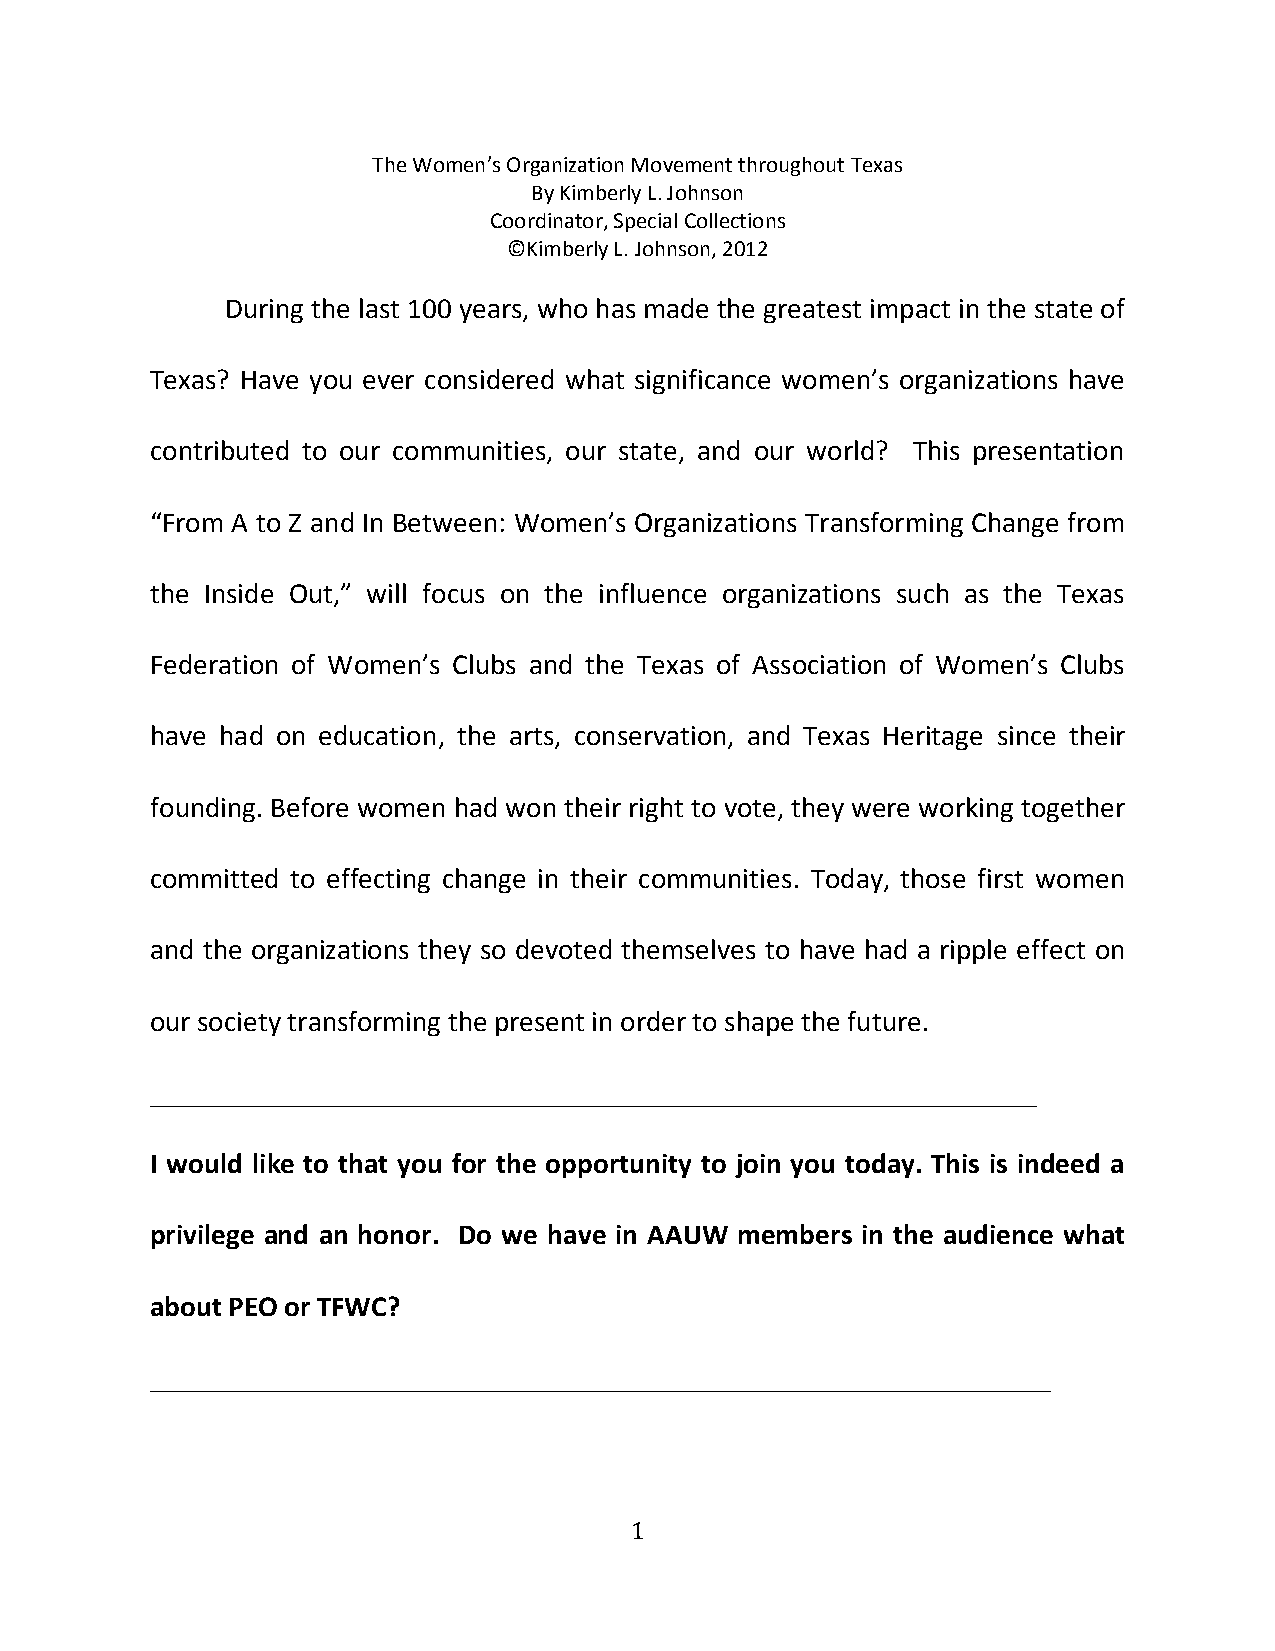
The Women’s Organization Movement throughout Texas
 By Kimberly L. Johnson
 Coordinator, Special Collections
 ©Kimberly L. Johnson, 2012
 During the last 100 years, who has made the greatest impact in the state of
 Texas? Have you ever considered what significance women’s organizations have
 contributed to our communities, our state, and our world? This presentation
 “From A to Z and In Between: Women’s Organizations Transforming Change from
 the Inside Out,” will focus on the influence organizations such as the Texas
 Federation of Women’s Clubs and the Texas of Association of Women’s Clubs
 have had on education, the arts, conservation, and Texas Heritage since their
 founding. Before women had won their right to vote, they were working together
 committed to effecting change in their communities. Today, those first women
 and the organizations they so devoted themselves to have had a ripple effect on
 our society transforming the present in order to shape the future.
 _____________________________________________________________
 I would like to that you for the opportunity to join you today. This is indeed a
 privilege and an honor. Do we have in AAUW members in the audience what
 about PEO or TFWC?
 ______________________________________________________________
 1